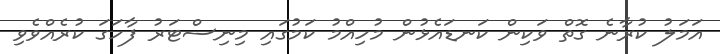
އަމަލު ކުރާނެ ގޮތް ވަކިން ކަނޑައެޅުން މުހިއްމު ކަމުގައި މިނިސްޓަރު ފާހަގަ ކުރެއްވެވި